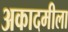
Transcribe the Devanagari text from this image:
अकादमीला